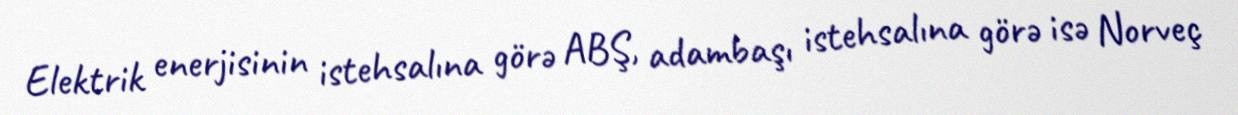
Elektrik enerjisinin istehsalına görə ABŞ, adambaşı istehsalına görə isə Norveç